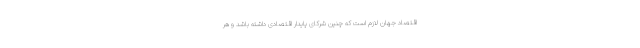
اقتصاد جهان لازم است که چنین شرکای پایدار اقتصادی داشته باشد و هر